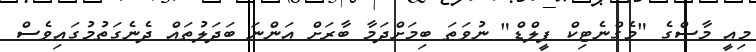
މިއީ މާސްގެ "މެގްނެޓިކް ފީލްޑް" ނުވަތަ ބިމަށްދަމާ ބާރަށް އަންނަ ބަދަލުތައް ދެނެގަތުމުގައިވެސް